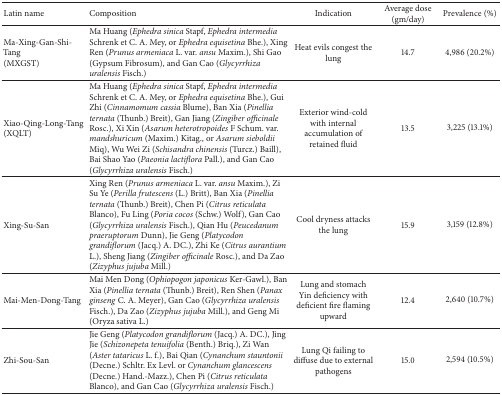
<table><thead><tr><td><b>Latin name</b></td><td><b>Composition</b></td><td><b>Indication</b></td><td><b>Average dose (gm/day)</b></td><td><b>Prevalence (%)</b></td></tr></thead><tbody><tr><td>Ma-Xing-Gan-Shi-Tang (MXGST)</td><td>Ma Huang (<i>Ephedra sinica </i>Stapf, <i>Ephedra intermedia</i> Schrenk et C. A. Mey, or <i>Ephedra equisetina</i> Bhe.), Xing Ren (<i>Prunus armeniaca</i> L. var. <i>ansu</i> Maxim.), Shi Gao (Gypsum Fibrosum), and Gan Cao (<i>Glycyrrhiza uralensis</i> Fisch.)</td><td>Heat evils congest the lung</td><td>14.7</td><td>4,986 (20.2%) </td></tr><tr><td>Xiao-Qing-Long-Tang (XQLT)</td><td>Ma Huang (<i>Ephedra sinica </i>Stapf, <i>Ephedra intermedia</i> Schrenk et C. A. Mey, or <i>Ephedra equisetina</i> Bhe.), Gui Zhi (<i>Cinnamomum cassia</i> Blume), Ban Xia (<i>Pinellia ternata</i> (Thunb.) Breit), Gan Jiang (<i>Zingiber officinale</i> Rosc.), Xi Xin (<i>Asarum heterotropoides</i> F Schum. var. <i>mandshuricum</i> (Maxim.) Kitag., or <i>Asarum sieboldii</i> Miq), Wu Wei Zi (<i>Schisandra chinensis</i> (Turcz.) Baill), Bai Shao Yao (<i>Paeonia lactiflora</i> Pall.), and Gan Cao (<i>Glycyrrhiza uralensis</i> Fisch.)</td><td>Exterior wind-cold with internal accumulation of retained fluid</td><td>13.5</td><td>3,225 (13.1%)</td></tr><tr><td>Xing-Su-San</td><td>Xing Ren (<i>Prunus armeniaca</i> L. var. <i>ansu</i> Maxim.), Zi Su Ye (<i>Perilla frutescens</i> (L.) Britt), Ban Xia (<i>Pinellia ternata</i> (Thunb.) Breit), Chen Pi (<i>Citrus reticulata</i> Blanco), Fu Ling (<i>Poria cocos</i> (Schw.) Wolf), Gan Cao (<i>Glycyrrhiza uralensis</i> Fisch.), Qian Hu (<i>Peucedanum praeruptorum</i> Dunn), Jie Geng (<i>Platycodon grandiflorum</i> (Jacq.) A. DC.), Zhi Ke (<i>Citrus aurantium</i> L.), Sheng Jiang (<i>Zingiber officinale</i> Rosc.), and Da Zao (<i>Zizyphus jujuba</i> Mill.)</td><td>Cool dryness attacks the lung</td><td>15.9</td><td>3,159 (12.8%)</td></tr><tr><td>Mai-Men-Dong-Tang</td><td>Mai Men Dong (<i>Ophiopogon japonicus</i> Ker-Gawl.), Ban Xia (<i>Pinellia ternata</i> (Thunb.) Breit), Ren Shen (<i>Panax ginseng</i> C. A. Meyer), Gan Cao (<i>Glycyrrhiza uralensis</i> Fisch.), Da Zao (<i>Zizyphus jujuba</i> Mill.), and Geng Mi (Oryza sativa L.)</td><td>Lung and stomach Yin deficiency with deficient fire flaming upward</td><td>12.4</td><td>2,640 (10.7%)</td></tr><tr><td>Zhi-Sou-San</td><td>Jie Geng (<i>Platycodon grandiflorum</i> (Jacq.) A. DC.), Jing Jie (<i>Schizonepeta tenuifolia</i> (Benth.) Briq.), Zi Wan (<i>Aster tataricus</i> L. f.), Bai Qian (<i>Cynanchum stauntonii</i> (Decne.) Schltr. Ex Levl. or <i>Cynanchum glancescens</i> (Decne.) Hand.-Mazz.), Chen Pi (<i>Citrus reticulata</i> Blanco), and Gan Cao (<i>Glycyrrhiza uralensis</i> Fisch.)</td><td>Lung Qi failing to diffuse due to external pathogens</td><td>15.0</td><td>2,594 (10.5%)</td></tr></tbody></table>